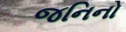
જનિનો